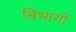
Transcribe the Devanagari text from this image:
बिभागों